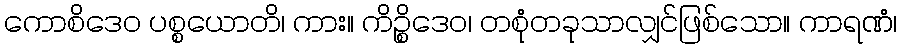
ကောစိဒေဝ ပစ္စယောတိ၊ ကား။ ကိဉ္စိဒေဝ၊ တစုံတခုသာလျှင်ဖြစ်သော။ ကာရဏံ၊